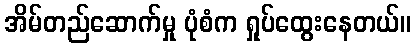
အိမ်တည်ဆောက်မှု ပုံစံက ရှုပ်ထွေးနေတယ်။